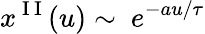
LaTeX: x^{\mathrm{~I~I~}}(u)\sim~e^{-au/\tau}